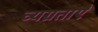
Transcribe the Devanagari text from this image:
व्यग्रताएँ